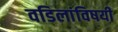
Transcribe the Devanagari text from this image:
वडिलांविषयी